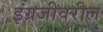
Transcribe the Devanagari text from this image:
इंग्रजीवरील